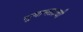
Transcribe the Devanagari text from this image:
सुबाभळाची